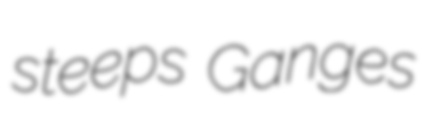
steeps Ganges